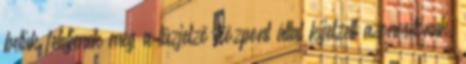
betûk feleljenek meg a tûzjelzõ központ által kijelzett azonosítónak.